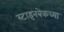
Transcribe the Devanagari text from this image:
स्टाइनबेकच्या